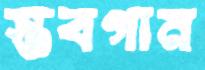
স্তবগান